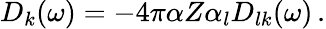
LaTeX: \begin{array}{r}{D_{k}(\omega)=-4\pi\alpha Z\alpha_{l}D_{lk}(\omega)\, .}\end{array}